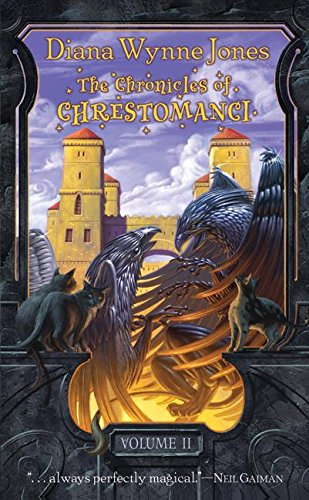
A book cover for The Chronicles of Chrestomanci, Volume 2: The Magicians of Caprona / Witch Week; Diana Wynne Jones; Science Fiction & Fantasy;